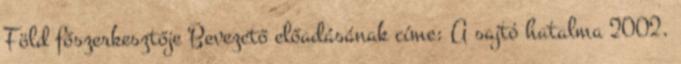
Föld főszerkesztője Bevezető előadásának címe: A sajtó hatalma 2002.